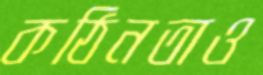
কঠিনতাও